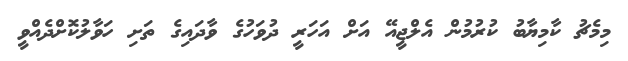
މިމެޗު ކާމިޔާބު ކުރުމުން އެލްޖީއޭ އަށް އަހަރީ ދުވަހުގެ ވާދައިގެ ތަށި ހަވާލުކޮށްދެއްވީ